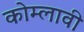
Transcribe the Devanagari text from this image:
कोम्लावी